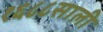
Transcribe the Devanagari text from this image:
१६८८साली